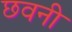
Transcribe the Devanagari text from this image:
छवनी